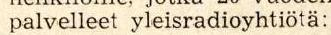
palvelleet yleisradioyhtiötä: